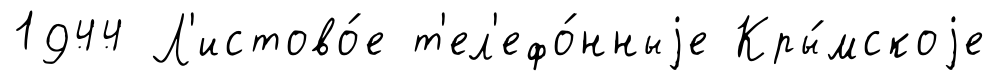
1944 Л'истово́е т'ел'ефо́нныjе Кры́мскоjе